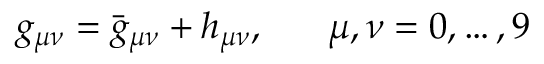
g _ { \mu \nu } = { \bar { g } } _ { \mu \nu } + h _ { \mu \nu } , ~ ~ ~ ~ ~ \mu , \nu = 0 , \dots , 9